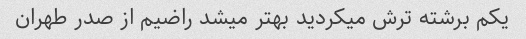
یکم برشته ترش میکردید بهتر میشد راضیم از صدر طهران